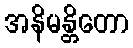
အနိမန္တိတော